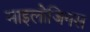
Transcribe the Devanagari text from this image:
माइलोजिनस